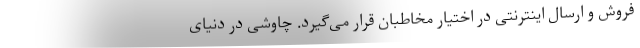
فروش و ارسال اینترنتی در اختیار مخاطبان قرار می‌گیرد. چاوشی در دنیای